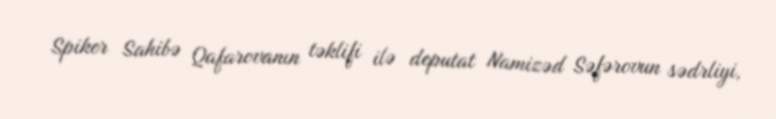
Spiker Sahibə Qafarovanın təklifi ilə deputat Namizəd Səfərovun sədrliyi,